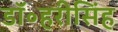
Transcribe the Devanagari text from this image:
डॉ॰हरीसिंह